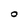
Character: O